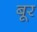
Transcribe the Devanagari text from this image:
बूर